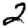
Digit: 2